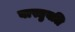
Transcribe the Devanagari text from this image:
वास्तुबलि